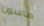
ماسون